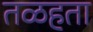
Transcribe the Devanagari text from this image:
तळहता